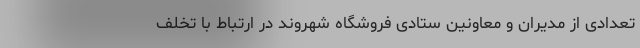
تعدادی از مدیران و معاونین ستادی فروشگاه شهروند در ارتباط با تخلف